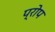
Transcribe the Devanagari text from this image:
प्रोप